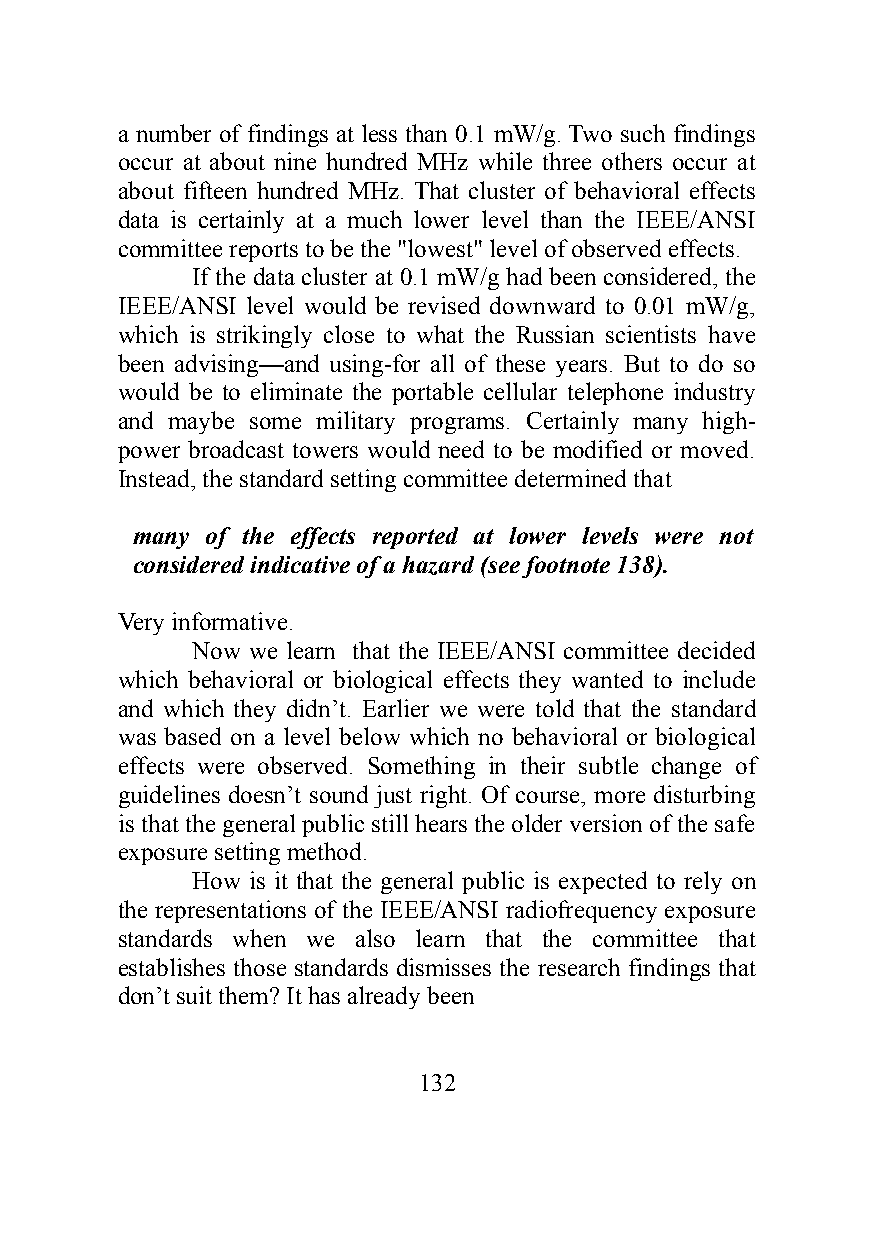
a number of findings at less than 0.1 mW/g. Two such findings
 occur at about nine hundred MHz while three others occur at
 about fifteen hundred MHz. That cluster of behavioral effects
 data is certainly at a much lower level than the IEEE/ANSI
 committee reports to be the "lowest" level of observed effects.
 If the data cluster at 0.1 mW/g had been considered, the
 IEEE/ANSI level would be revised downward to 0.01 mW/g,
 which is strikingly close to what the Russian scientists have
 been advising—and using-for all of these years. But to do so
 would be to eliminate the portable cellular telephone industry
 and maybe some military programs. Certainly many high-
 power broadcast towers would need to be modified or moved.
 Instead, the standard setting committee determined that
 many of the effects reported at lower levels were not
 considered indicative of a hazard (see footnote 138).
 Very informative.
 Now we learn that the IEEE/ANSI committee decided
 which behavioral or biological effects they wanted to include
 and which they didn’t. Earlier we were told that the standard
 was based on a level below which no behavioral or biological
 effects were observed. Something in their subtle change of
 guidelines doesn’t sound just right. Of course, more disturbing
 is that the general public still hears the older version of the safe
 exposure setting method.
 How is it that the general public is expected to rely on
 the representations of the IEEE/ANSI radiofrequency exposure
 standards when we also learn that the committee that
 establishes those standards dismisses the research findings that
 don’t suit them? It has already been
 132